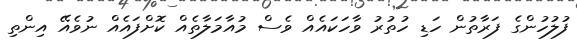
ފުލުހުންގެ ފަރާތުން ހަޑި ހުތުރު ވާހަކައެއް ވެސް މުއާމަލާތެއް ކޮށްފައެއް ނުވެއޭ އިންތި